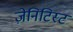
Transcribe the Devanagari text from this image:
ज़ेनिटिस्ट